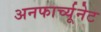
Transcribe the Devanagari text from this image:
अनफार्च्यूनेट